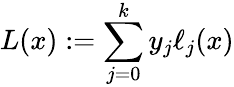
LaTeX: L(x):=\sum_{j=0}^{k}y_{j}\ell_{j}(x)